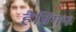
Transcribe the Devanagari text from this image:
हैन्निगन